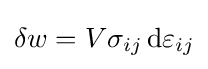
\delta w=V\sigma _{ij}\,\mathrm {d} \varepsilon _{ij}